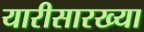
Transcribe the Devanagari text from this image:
यारीसारख्या